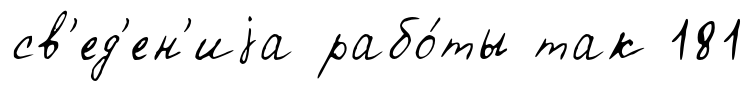
св'ед'ен'иjа рабо́ты так 181